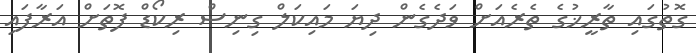
ގޮތުގައި ތާރީޚުގެ ތެރެއަށް ވަދެގެން ދިޔަ މައިކަލް ގިނިސް ރިކޯޑް ފޮތަށް އަރާފައި